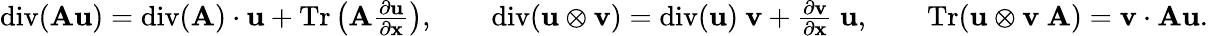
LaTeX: \begin{array}{r}{\mathrm{div}(\mathbf{A}\mathbf{u})=\mathrm{div}(\mathbf{A})\cdot\mathbf{u}+\mathrm{Tr}\left(\mathbf{A}\frac{\partial\mathbf{u}}{\partial\mathbf{x}}\right),\qquad\mathrm{div}(\mathbf{u}\otimes\mathbf{v})=\mathrm{div}(\mathbf{u})\ \mathbf{v}+\frac{\partial\mathbf{v}}{\partial\mathbf{x}}\ \mathbf{u},\qquad\mathrm{Tr}(\mathbf{u}\otimes\mathbf{v}\ \mathbf{A})=\mathbf{v}\cdot\mathbf{A}\mathbf{u}.}\end{array}